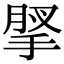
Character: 𢮗